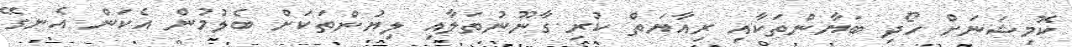
ކޮމިޝަނަށް ހޯދި ބަޔާންތަކާއި ރިއާޔަތް ކުރި ގާނޫނުތަލާއި ލިޔުންތަކަށް ބެލުމުން އެކަން އެނގޭ